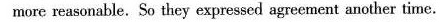
more reasonable.So they expressed agrecment another time.